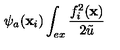
\psi _ { a } ( \mathbf { x } _ { i } ) \int _ { e x } \frac { f _ { i } ^ { 2 } ( \mathbf { x } ) } { 2 \tilde { u } }